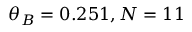
\theta _ { B } = 0 . 2 5 1 , N = 1 1